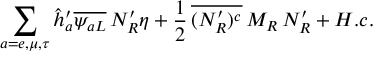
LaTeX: \sum _ { a = e , \mu , \tau } \hat { h } _ { a } ^ { \prime } \overline { { { \psi _ { a L } } } } \, N _ { R } ^ { \prime } \eta + \frac { 1 } { 2 } \, \overline { { { ( N _ { R } ^ { \prime } ) ^ { c } } } } \, M _ { R } \, N _ { R } ^ { \prime } + H . c .